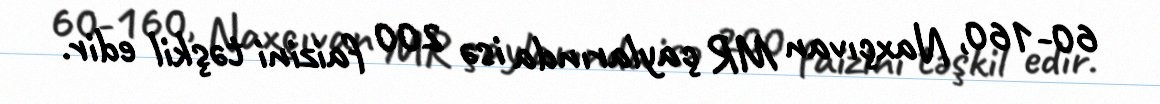
60-160, Naxçıvan MR çaylarında isə 200 faizini təşkil edir.